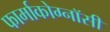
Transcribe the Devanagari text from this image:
फार्माकोग्नॉसी